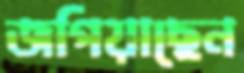
জপিয়াছেন